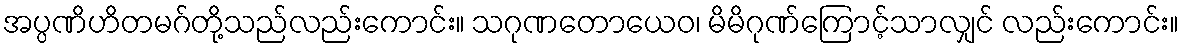
အပ္ပဏိဟိတမဂ်တို့သည်လည်းကောင်း။ သဂုဏတောယေဝ၊ မိမိဂုဏ်ကြောင့်သာလျှင် လည်းကောင်း။